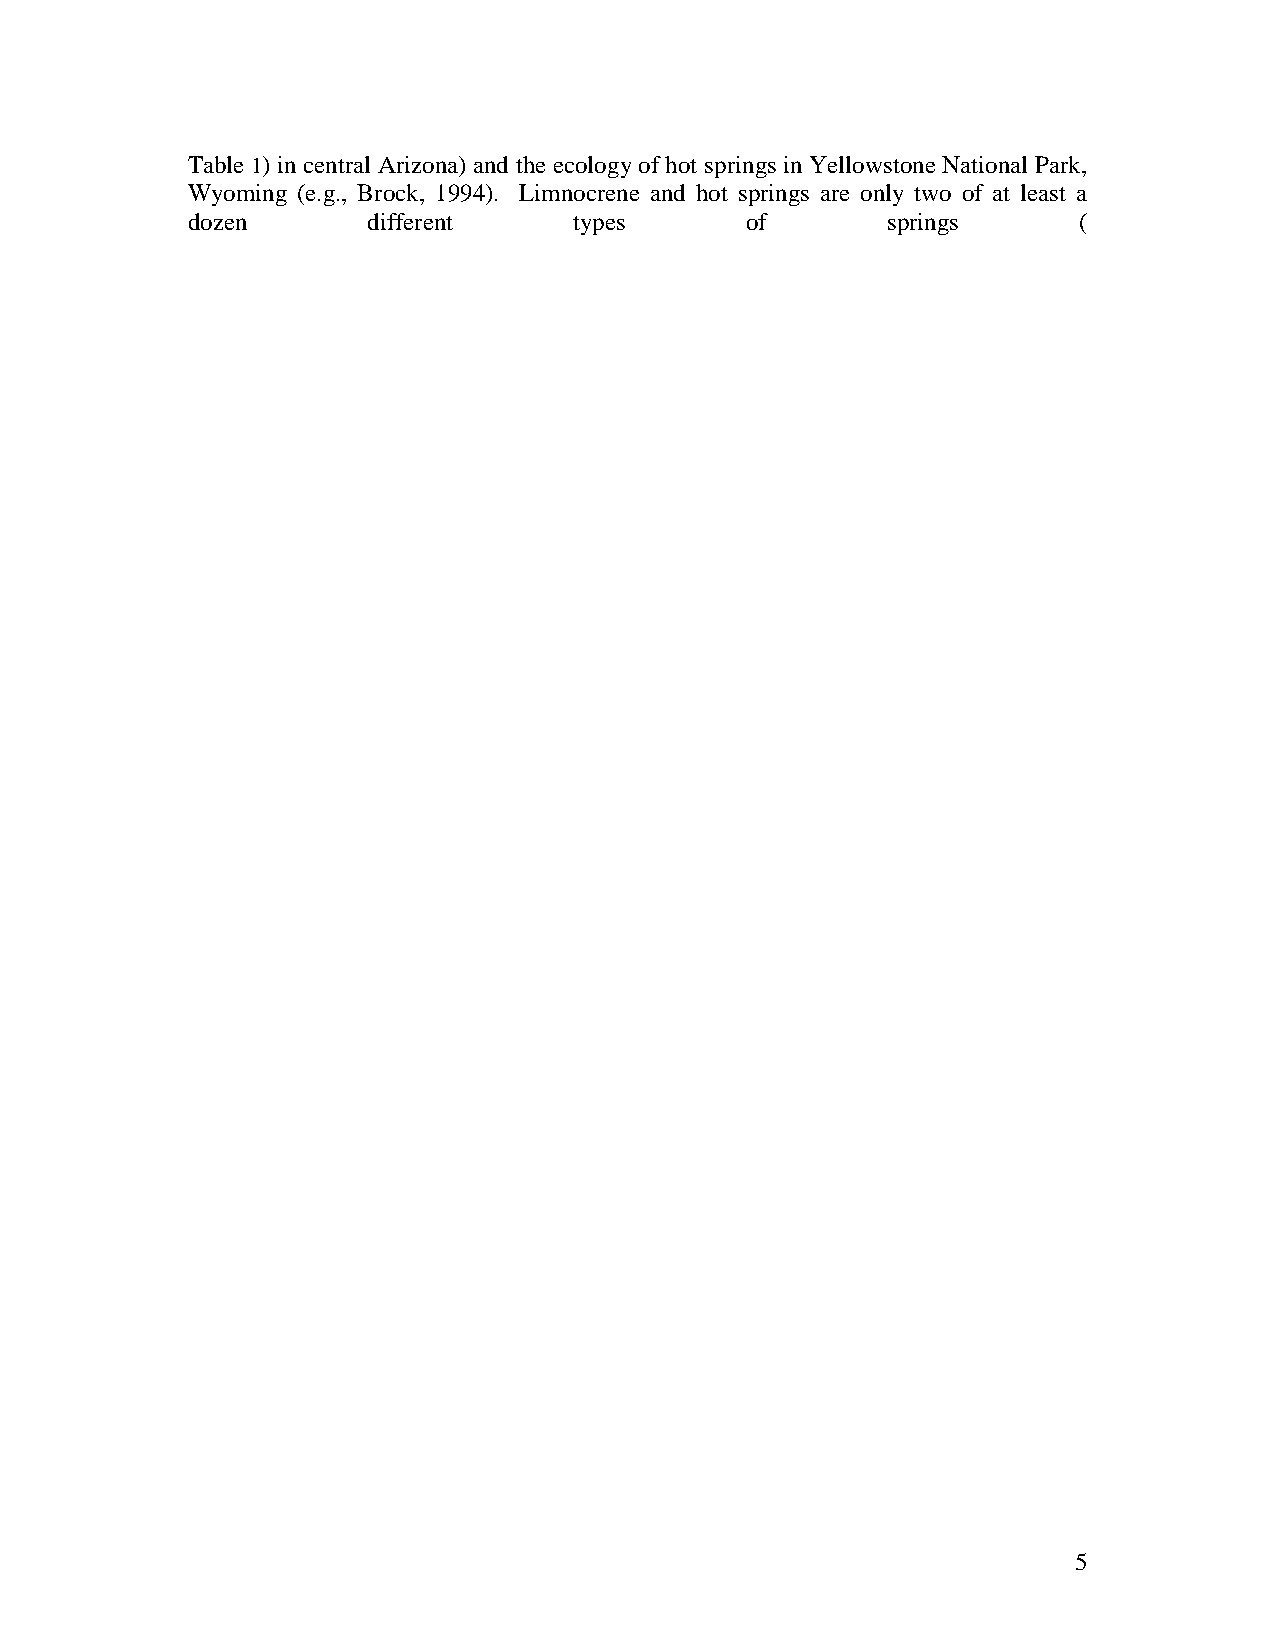
Table 1) in central Arizona) and the ecology of hot springs in Yellowstone National Park,
 Wyoming (e.g., Brock, 1994). Limnocrene and hot springs are only two of at least a
 dozen       different     types      of        springs     (
 5